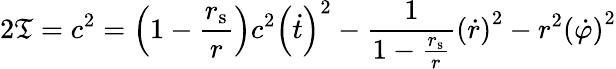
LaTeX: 2\mathfrak{T}=c^{2}=\left(1-{\frac{{r_{\mathrm{{{s}}}}}}{{r}}}\right)c^{2}\left({\dot{{t}}}\right)^{2}-{\frac{{1}}{{1-{\frac{{r_{\mathrm{{{s}}}}}}{{r}}}}}}\left({\dot{{r}}}\right)^{2}-r^{2}\left({\dot{{\varphi}}}\right)^{2}